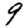
Digit: 9